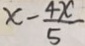
x - \frac { 4 x } { 5 }